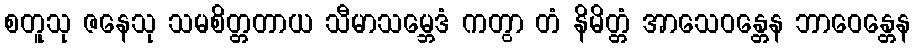
စတူသု ဇနေသု သမစိတ္တတာယ သီမာသမ္ဘေဒံ ကတွာ တံ နိမိတ္တံ အာသေဝန္တေန ဘာဝေန္တေန